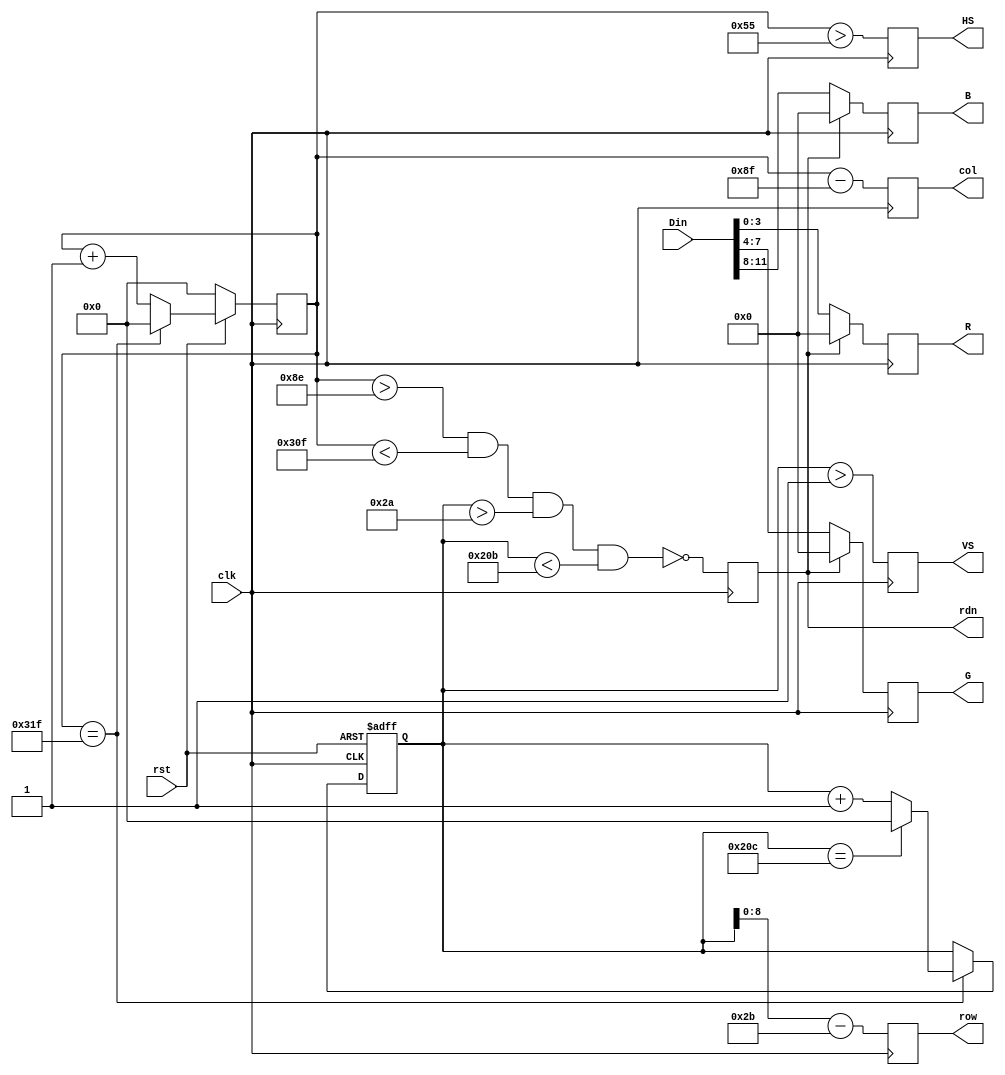
`timescale 1ns / 1ps
//////////////////////////////////////////////////////////////////////////////////
// Company: 
// Engineer: 
// 
// Design Name: 
// Module Name:    vgac 
// Project Name: 
// Target Devices: 
// Tool versions: 
// Description: 
//
// Dependencies: 
//
// Revision: 
// Revision 0.01 - File Created
// Additional Comments: 
//
//////////////////////////////////////////////////////////////////////////////////
module vgac(
		input clk,
		input rst,
		input [11:0] Din,
		output reg [8:0] row,
		output reg [9:0] col,
		output reg rdn,
		output reg [3:0]R,G,B,
		output reg HS, VS
    );
		// 
		reg [9:0] h_count;
		always@(posedge clk) begin
			if(!rst)	h_count<=10'h0;
			else if (h_count == 10'd799)
						h_count <=10'h0;
				else	h_count <= h_count + 10'h1;
		end
		//	
		reg [9:0] v_count;
		always@(posedge clk or negedge rst) begin
			if(!rst) v_count <= 10'h0;
			else if (h_count == 10'd799) begin
				if(v_count == 10'd524) v_count <= 10'h0;
				else v_count <= v_count + 10'h1;
			end		
		end
		//	
		wire [9:0] row_addr = v_count - 10'd43;
		wire [9:0] col_addr = h_count - 10'd143;
		wire h_sync = (h_count > 10'd85);
		wire v_sync = (v_count > 10'd1);
		wire read = (h_count > 10'd142) &&
						(h_count < 10'd783) &&
						(v_count > 10'd42)  &&
						(v_count < 10'd523);
		//	RGB
		always@(posedge clk) begin
			row <= row_addr[8:0];
			col <= col_addr;
			rdn <= ~read;
			HS <= h_sync;
			VS <= v_sync;
			R 	<= rdn ? 4'h0 : Din[3:0];
			G 	<= rdn ? 4'h0 : Din[7:4];
			B	<= rdn ? 4'h0 : Din[11:8];
		end


endmodule